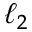
\ell _ { 2 }